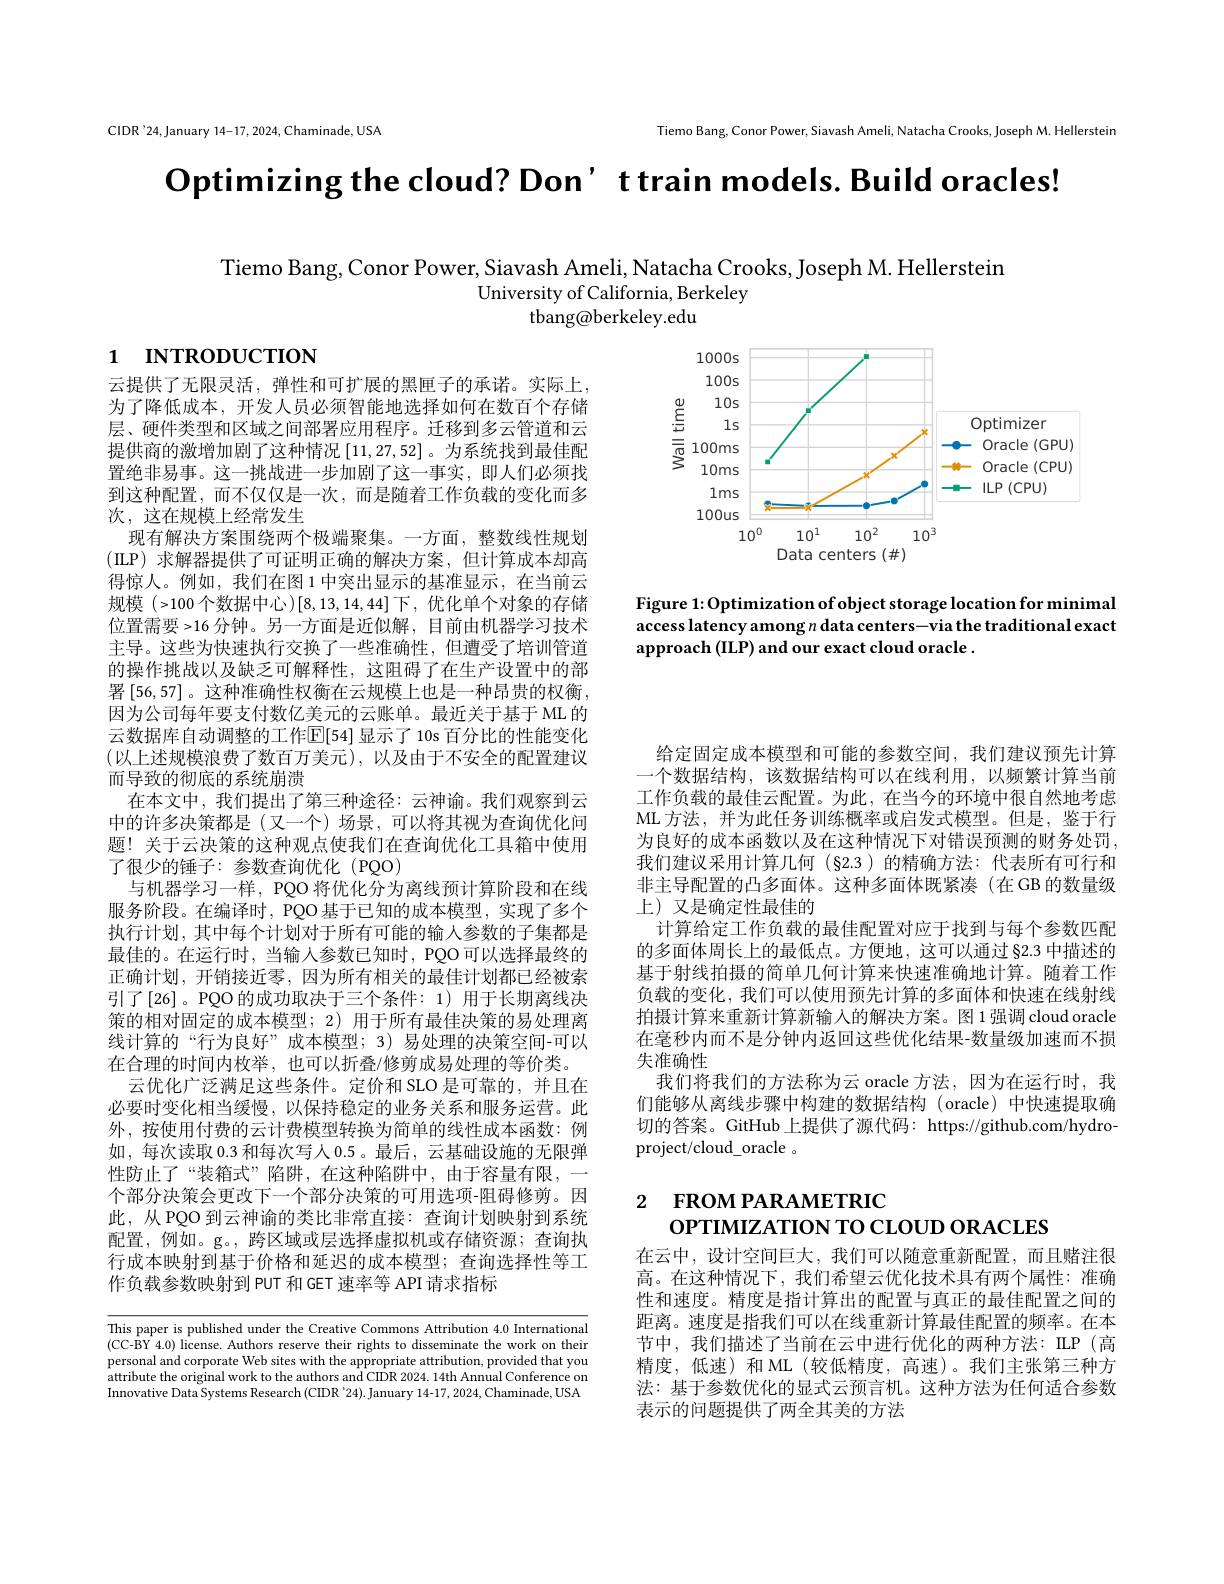
CIDR'24,January 14-17,2024,Chaminade,USA

Tiemo Bang, Conor Power, Siavash Ameli, Natacha Crooks, Joseph M. Hellerstein

$\textbf{Optimizing the cloud? Don' t train models. Build oracles! }$

Tiemo Bang, Conor Power, Siavash Ameli, Natacha Crooks, Joseph M. Hellerstein
University of California, Berkeley
${\mathrm{tbang@berkeley.edu}}$

# 1 INTRODUCTION

<FigureHere>

Figure 1: Optimization of object storage location for minimal access latency among $n$ data centers-via the traditional exact approach (ILP) and our exact cloud oracle .

给定固定成本模型和可能的参数空间，我们建议预先计算一个数据结构，该数据结构可以在线利用，以频繁计算当前工作负载的最佳云配置。为此，在当今的环境中很自然地考虑ML 方法，并为此任务训练概率或启发式模型。但是，鉴于行为良好的成本函数以及在这种情况下对错误预测的财务处罚， 我们建议采用计算几何(§2.3)的精确方法：代表所有可行和非主导配置的凸多面体。这种多面体既紧凑(在 GB 的数量级上) 又是确定性最佳的

云提供了无限灵活，弹性和可扩展的黑匣子的承诺。实际上， 为了降低成本，开发人员必须智能地选择如何在数百个存储层、硬件类型和区域之间部署应用程序。迁移到多云管道和云提供商的激增加剧了这种情况[11,27,52] 。为系统找到最佳配置绝非易事。这一挑战进一步加剧了这一事实，即人们必须找到这种配置，而不仅仅是一次，而是随着工作负载的变化而多次，这在规模上经常发生
现有解决方案围绕两个极端聚集。一方面，整数线性规划(ILP)求解器提供了可证明正确的解决方案，但计算成本却高得惊人。例如，我们在图 1 中突出显示的基准显示，在当前云规模 (>100 个数据中心)[8,13,14,44]下，优化单个对象的存储位置需要>16 分钟。另一方面是近似解，目前由机器学习技术主导。这些为快速执行交换了一些准确性，但遭受了培训管道的操作挑战以及缺乏可解释性，这阻碍了在生产设置中的部署[56,57]。这种准确性权衡在云规模上也是一种昂贵的权衡， 因为公司每年要支付数亿美元的云账单。最近关于基于 ML 的云数据库自动调整的工作[E[54]显示了10s 百分比的性能变化$\left(\text{以上述规模浪费了数百万美元}\right)$,以及由于不安全的配置建议而导致的彻底的系统崩溃
在本文中，我们提出了第三种途径：云神谕。我们观察到云中的许多决策都是 (又一个)场景，可以将其视为查询优化问题！关于云决策的这种观点使我们在查询优化工具箱中使用了很少的锤子：参数查询优化(PQO)
与机器学习一样，PQO 将优化分为离线预计算阶段和在线服务阶段。在编译时，PQO 基于已知的成本模型，实现了多个执行计划，其中每个计划对于所有可能的输入参数的子集都是最佳的。在运行时，当输入参数已知时，PQO可以选择最终的正确计划，开销接近零，因为所有相关的最佳计划都已经被索引了[26]。PQO 的成功取决于三个条件：1)用于长期离线决策的相对固定的成本模型；2)用于所有最佳决策的易处理离线计算的“行为良好”成本模型；3)易处理的决策空间-可以在合理的时间内枚举，也可以折叠/修剪成易处理的等价类。
云优化广泛满足这些条件。定价和 SLO 是可靠的，并且在必要时变化相当缓慢，以保持稳定的业务关系和服务运营。此外，按使用付费的云计费模型转换为简单的线性成本函数：例如，每次读取 0.3 和每次写人 0.5 。最后，云基础设施的无限弹性防止了“装箱式”陷阱，在这种陷阱中，由于容量有限，一个部分决策会更改下一个部分决策的可用选项-阻碍修剪。因此，从 PQO 到云神谕的类比非常直接：查询计划映射到系统配置，例如。g。,跨区域或层选择虚拟机或存储资源；查询执行成本映射到基于价格和延迟的成本模型；查询选择性等工作负载参数映射到 PUT 和 GET 速率等 API 请求指标

计算给定工作负载的最佳配置对应于找到与每个参数匹配的多面体周长上的最低点。方便地，这可以通过§2.3 中描述的基于射线拍摄的简单几何计算来快速准确地计算。随着工作负载的变化，我们可以使用预先计算的多面体和快速在线射线拍摄计算来重新计算新输入的解决方案。图 1 强调 cloud oracle 在毫秒内而不是分钟内返回这些优化结果-数量级加速而不损失准确性
我们将我们的方法称为云 oracle 方法，因为在运行时，我们能够从离线步骤中构建的数据结构(oracle)中快速提取确切的答案。GitHub 上提供了源代码：https://github.com/hydroproject/cloud\_oracle 。

2 FROM PARAMETRIC

oPTIMIZATION TO CLOUD ORACLES

在云中，设计空间巨大，我们可以随意重新配置，而且赌注很高。在这种情况下，我们希望云优化技术具有两个属性：准确性和速度。精度是指计算出的配置与真正的最佳配置之间的距离。速度是指我们可以在线重新计算最佳配置的频率。在本节中，我们描述了当前在云中进行优化的两种方法：ILP(高精度，低速)和ML(较低精度，高速)。我们主张第三种方法：基于参数优化的显式云预言机。这种方法为任何适合参数表示的问题提供了两全其美的方法

This paper is published under the Creative Commons Attribution 4.0 International (CC-BY 4.0) license. Authors reserve their rights to disseminate the work on their personal and corporate Web sites with the appropriate attribution, provided that you attribute the original work to the authors and CIDR 2024.14th Annual Conference on Innovative Data Systems Research(CIDR '24).January 14-17, 2024, Chaminade, USA